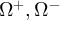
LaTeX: \Omega ^ { + } , \Omega ^ { - }